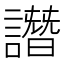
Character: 譖